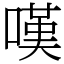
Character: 嘆